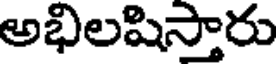
అభిలషిస్తారు